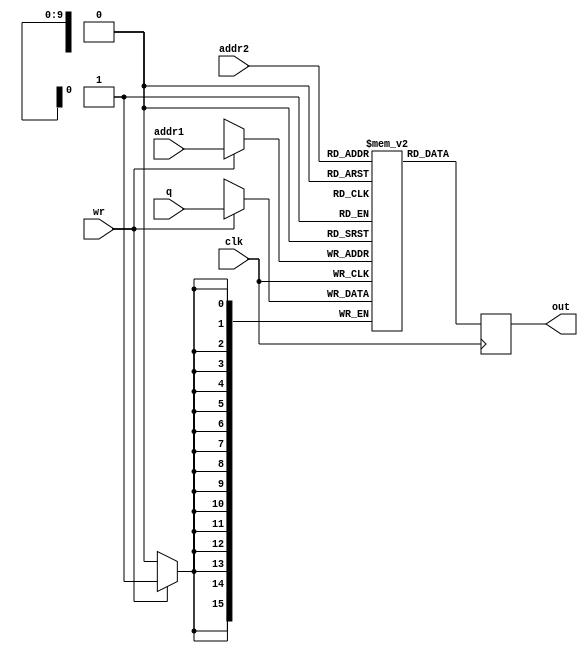
module MEM_L8 #(parameter DATA_WIDTH = 16,ADDR_WIDTH = 10)(addr1,addr2,clk,q,wr,out);
input [(ADDR_WIDTH-1):0] addr1,addr2;
input clk,wr;
output reg [(DATA_WIDTH-1):0] out;
input   [(DATA_WIDTH-1):0] q;
reg [DATA_WIDTH-1:0] rom[0:1023];

always @ (posedge clk)
	begin	
		if(wr)
			rom[addr1]<=q; 
		out<=rom[addr2];			
	end
endmodule